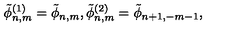
\tilde { \phi } _ { n , m } ^ { ( 1 ) } = \tilde { \phi } _ { n , m } , \tilde { \phi } _ { n , m } ^ { ( 2 ) } = \tilde { \phi } _ { n + 1 , - m - 1 } ,